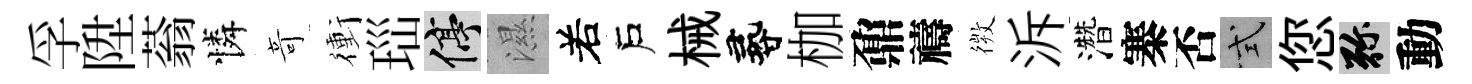
孚陞蓊憐竒衝𤤼停濕𠰥戶械尋枷鼐禱𢕄泝濳寨否式您弥動